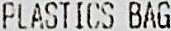
PLASTICS BAG